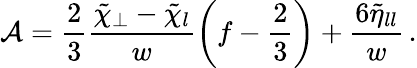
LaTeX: {\mathcal{A}}=\frac{2}{3}\frac{\tilde{\chi}_{\perp}-\tilde{\chi}_{l}}{w}\left(f-\frac{2}{3}\right)+\frac{6\tilde{\eta}_{ll}}{w}\, .